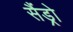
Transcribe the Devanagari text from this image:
सैंड्रो